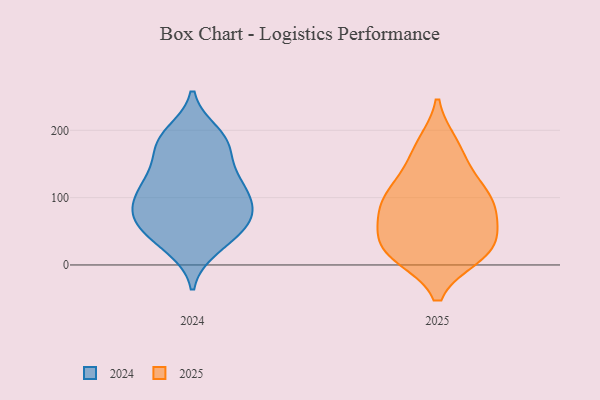
{"axis": {"x": "Satisfaction Score", "y": "Value"}, "legend": ["2024", "2025"], "data": [{"x": "", "y": 176, "type": "2024"}, {"x": "", "y": 36, "type": "2024"}, {"x": "", "y": 69, "type": "2024"}, {"x": "", "y": 73, "type": "2024"}, {"x": "", "y": 122, "type": "2024"}, {"x": "", "y": 71, "type": "2024"}, {"x": "", "y": 86, "type": "2024"}, {"x": "", "y": 26, "type": "2024"}, {"x": "", "y": 78, "type": "2024"}, {"x": "", "y": 56, "type": "2024"}, {"x": "", "y": 182, "type": "2024"}, {"x": "", "y": 39, "type": "2024"}, {"x": "", "y": 127, "type": "2024"}, {"x": "", "y": 175, "type": "2024"}, {"x": "", "y": 87, "type": "2024"}, {"x": "", "y": 187, "type": "2024"}, {"x": "", "y": 115, "type": "2024"}, {"x": "", "y": 195, "type": "2024"}, {"x": "", "y": 117, "type": "2024"}, {"x": "", "y": 129, "type": "2024"}, {"x": "", "y": 16, "type": "2025"}, {"x": "", "y": 49, "type": "2025"}, {"x": "", "y": 91, "type": "2025"}, {"x": "", "y": 104, "type": "2025"}, {"x": "", "y": 22, "type": "2025"}, {"x": "", "y": 17, "type": "2025"}, {"x": "", "y": 121, "type": "2025"}, {"x": "", "y": 29, "type": "2025"}, {"x": "", "y": 175, "type": "2025"}, {"x": "", "y": 82, "type": "2025"}, {"x": "", "y": 53, "type": "2025"}, {"x": "", "y": 14, "type": "2025"}, {"x": "", "y": 139, "type": "2025"}, {"x": "", "y": 78, "type": "2025"}, {"x": "", "y": 96, "type": "2025"}, {"x": "", "y": 179, "type": "2025"}]}